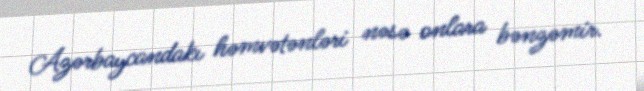
Azərbaycandakı həmvətənləri nəsə onlara bənzəmir.